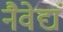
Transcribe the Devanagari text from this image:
नैवेद्यं